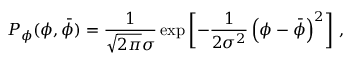
P _ { \phi } ( \phi , \bar { \phi } ) = \frac { 1 } { \sqrt { 2 \pi } \sigma } \exp \left[ - \frac { 1 } { 2 \sigma ^ { 2 } } \left( \phi - \bar { \phi } \right) ^ { 2 } \right] \, ,